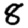
Digit: 8